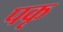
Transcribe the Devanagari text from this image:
पकृ